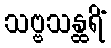
သဗ္ဗသန္ထရိံ